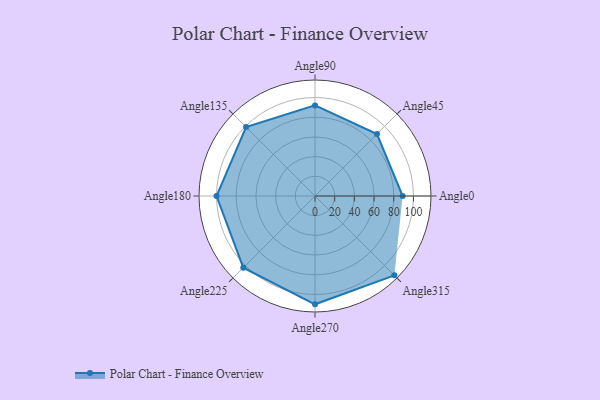
{"axis": {"x": "Angle", "y": "Radius"}, "legend": [""], "data": [{"x": "Angle0", "y": 89.0, "type": ""}, {"x": "Angle45", "y": 89.0, "type": ""}, {"x": "Angle90", "y": 92.0, "type": ""}, {"x": "Angle135", "y": 99.0, "type": ""}, {"x": "Angle180", "y": 100.0, "type": ""}, {"x": "Angle225", "y": 103.0, "type": ""}, {"x": "Angle270", "y": 110.0, "type": ""}, {"x": "Angle315", "y": 114.0, "type": ""}]}